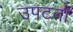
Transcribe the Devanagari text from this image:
उपटता